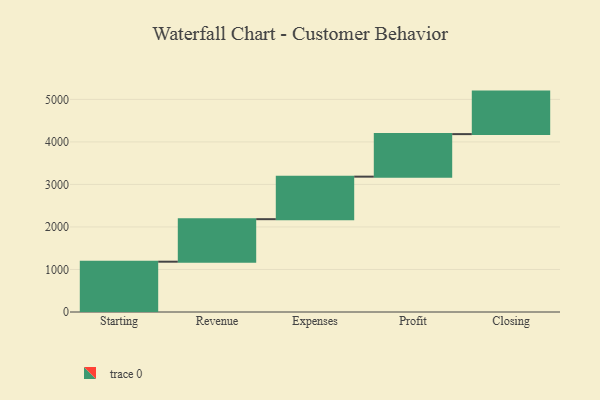
{"axis": {"x": "Step", "y": "Value"}, "legend": [""], "data": [{"x": "Starting", "y": 1183.0, "type": ""}, {"x": "Revenue", "y": 1000, "type": ""}, {"x": "Expenses", "y": 1000, "type": ""}, {"x": "Profit", "y": 1000, "type": ""}, {"x": "Closing", "y": 1000, "type": ""}]}